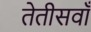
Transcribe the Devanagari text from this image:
तेतीसवाँ